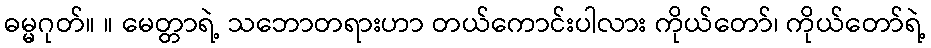
ဓမ္မဂုတ်။ ။ မေတ္တာရဲ့ သဘောတရားဟာ တယ်ကောင်းပါလား ကိုယ်တော်၊ ကိုယ်တော်ရဲ့